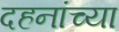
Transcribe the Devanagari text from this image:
दहनांच्या